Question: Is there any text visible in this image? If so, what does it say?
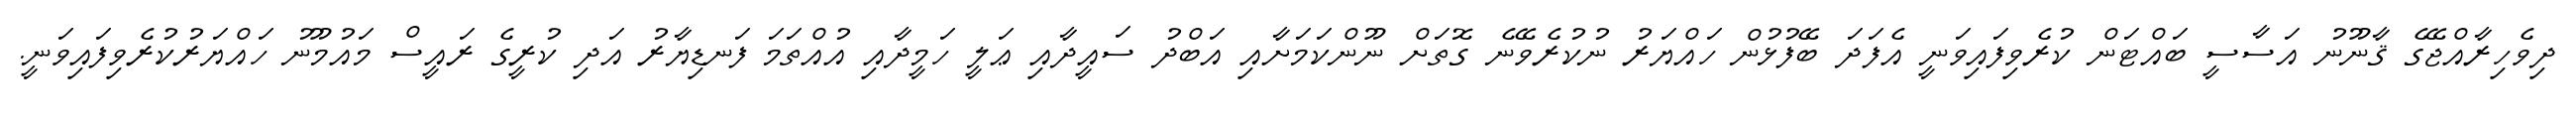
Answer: ދިވެހިރާއްޖޭގެ ޤާނޫނު އަސާސީ ބައްޓަން ކުރެވިފައިވަނީ އެފަދަ ބޭފުޅުން ހައްޔަރު ނުކުރެވޭނެ ގޮތަށް ނޫންކަމަށާއި އަބްދު ސައީދާއި ޢަލީ ހަމީދާއި އުއްތަމަ ފަނޑިޔާރު އަދި ކުރީގެ ރައީސް މައުމޫނު ހައްޔަރުކުރެވިފައިވަނީ.